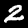
Digit: 2